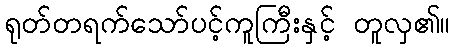
ရုတ်တရက်သော်ပင့်ကူကြီးနှင့် တူလှ၏။